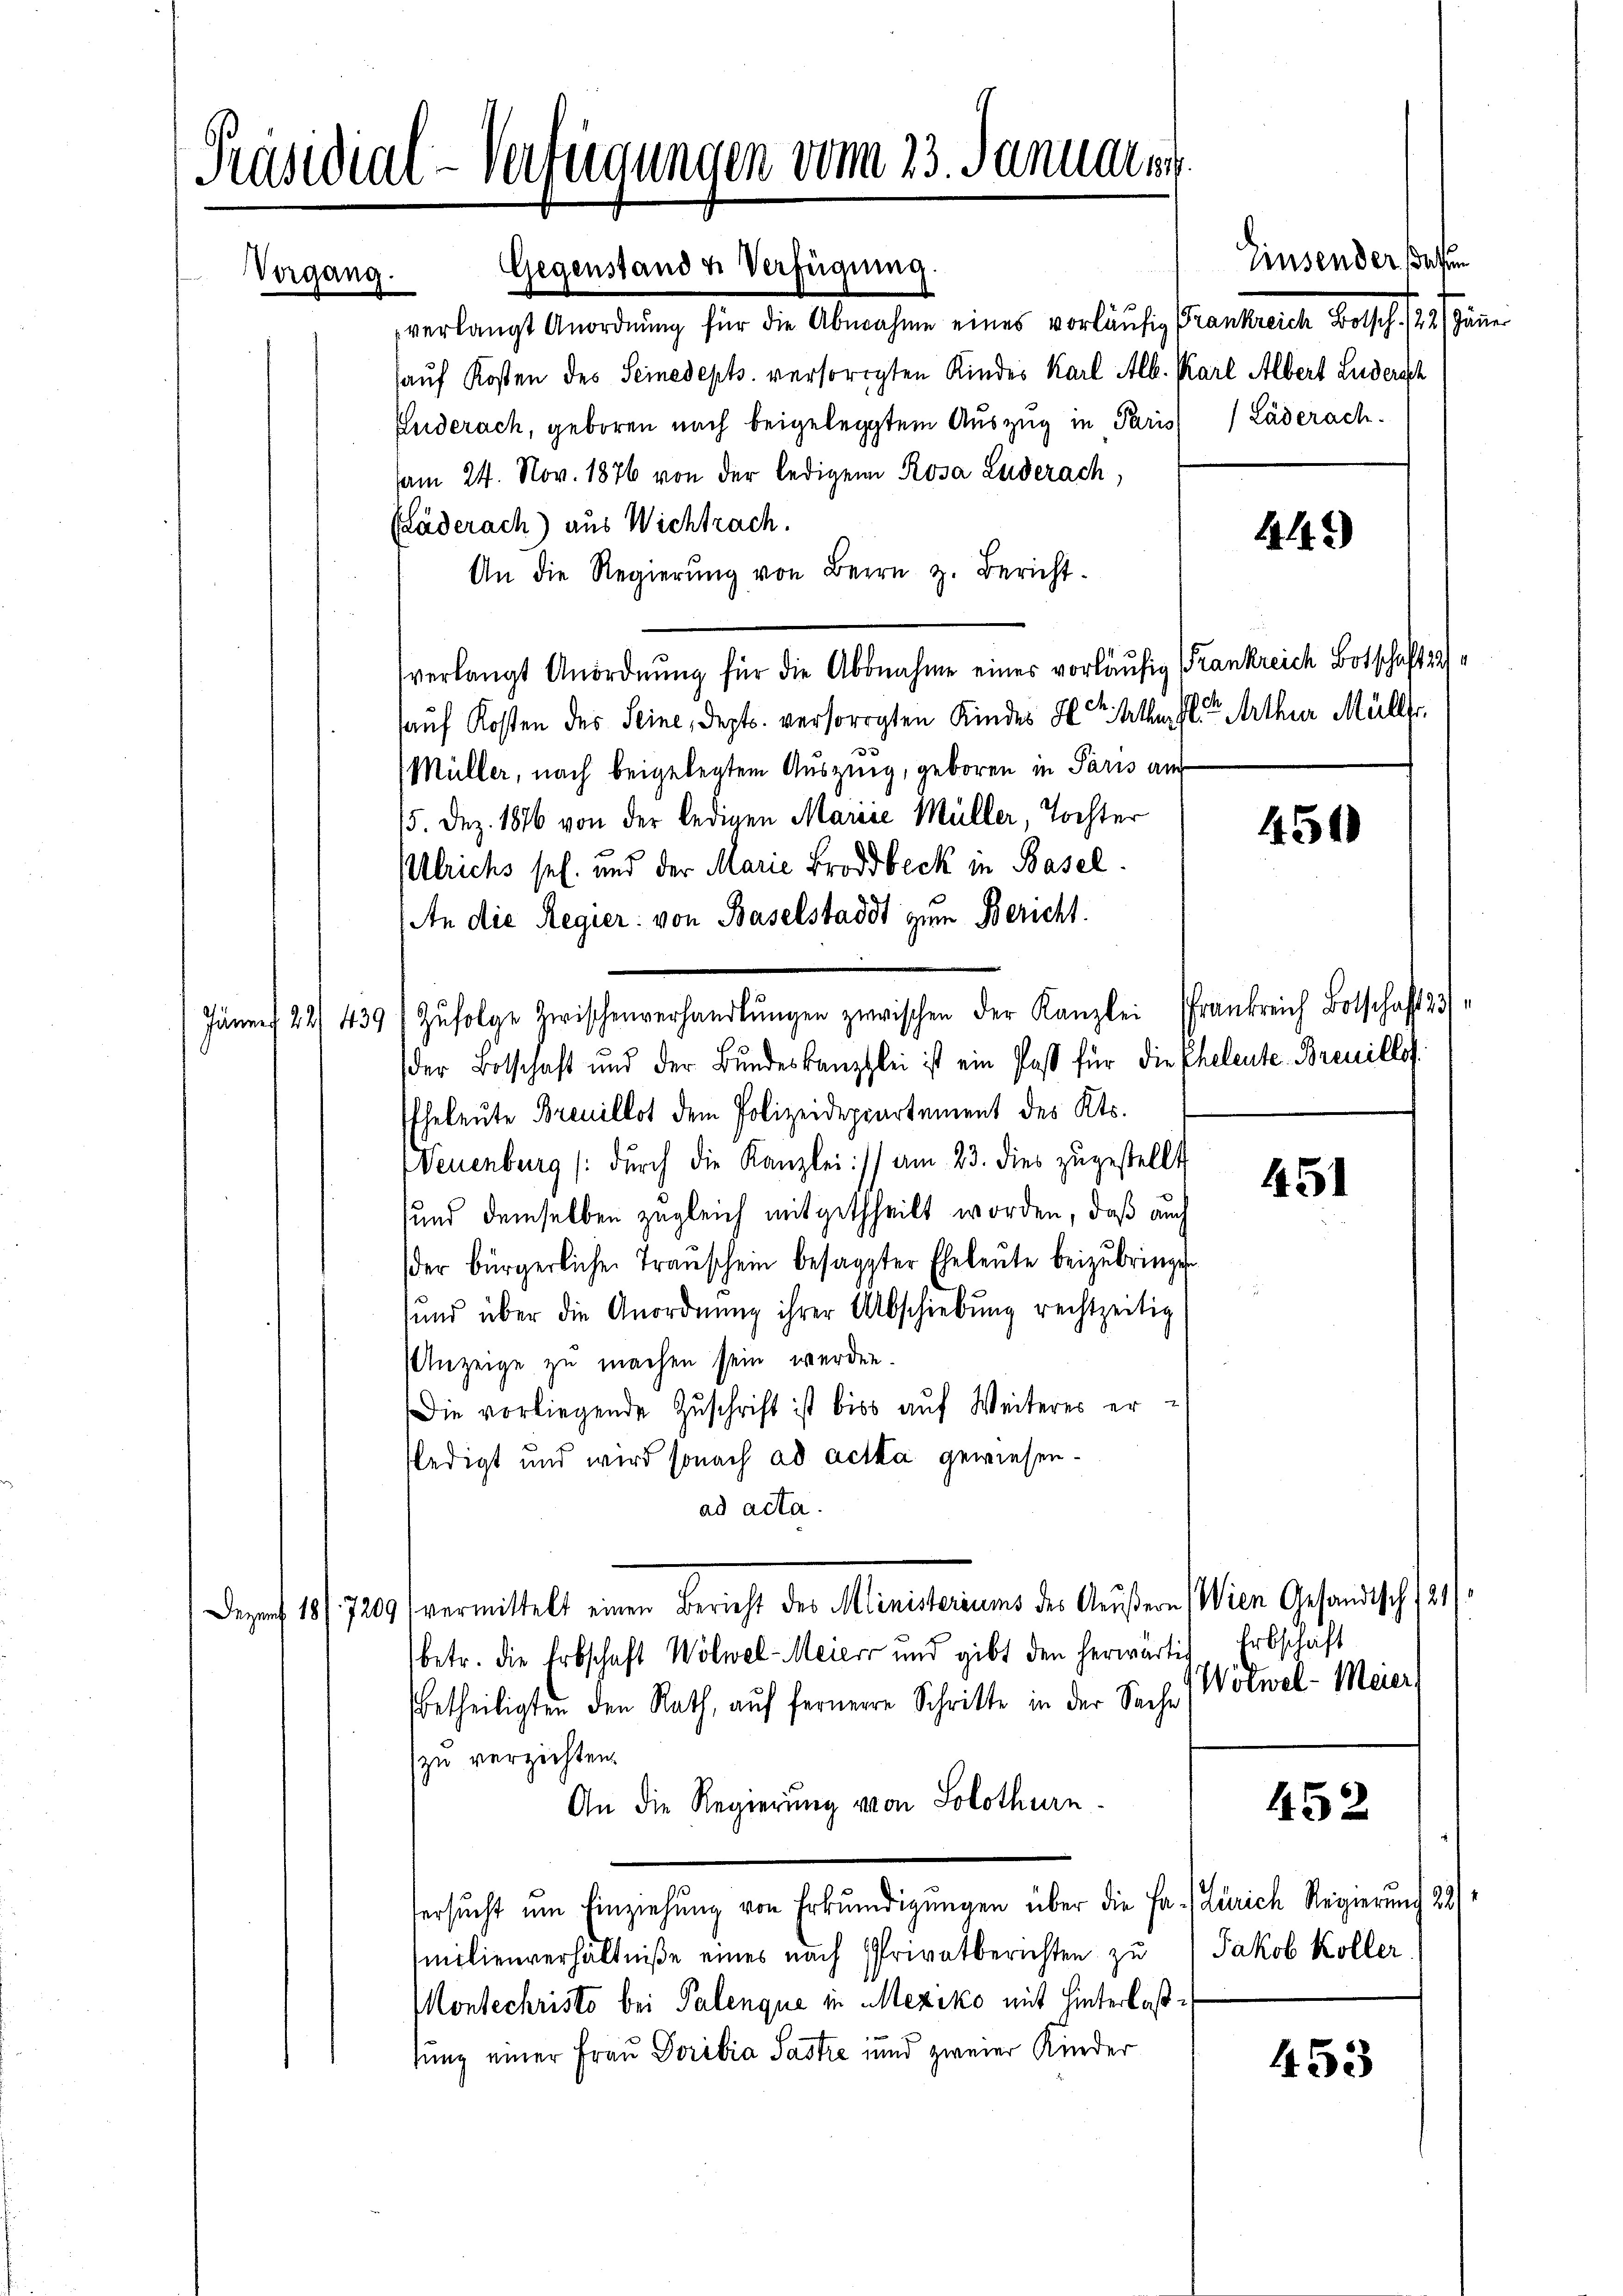
verlangt Anordnung für die Abnahme eines vorläufig Frankreich Botsch. (24 Jänner
auf Kosten des Seinedepts. versorgten Kindes Karl Alb. Karl Albert Ludersch
Enderach, geboren nach beigelegtem Auszug in Paris / Läderach
am 24. Nov. 1876 von der ledigen Rosa Luderach,
Kläderach) aus Wichtrach.
An die Regierŭng von Bern z. Bericht.
verlangt Anordnung für die Abnahme eines vorläufig (Frankreich Botschaft 221
auf Kosten des Seine, Sept. versorgten Kindes Herr Mühl. Arthur Müller.
(Müller, nach beigelegtem Auszug, geboren in Paris aus
15. Dez. 1876 von der ledigen Marie Müller, Tochter
Ulrichs sel. und der Marie Brodsbeck in Basel.
An die Regier: von Baselstadt zum Bericht.
Jünnef 22/4391 Zŭfolge zwischenverhandlŭngen zwischen der Kanzlei Frankreich Botschaft
der Botschaft und der Bundeskanzlei ist ein Past für die Eheleute Breuillos.
Eheleute Breuillot dem Polizeideppartement des Kts.
Neuenburg /: dŭrch die Kanzlei:/) am 23. dies zŭgestellt
und demselben zugleich mitgetheilt worden, daß auch
der bürgerlichen Traŭschen besagter Eheleŭte beizŭbringe.
und über die Anordnŭng ihrer Abschiebung rechtzeitig
Anzeige zu machen sein werden.
Die vorliegende Zŭschrift ist bis aŭf Weiteres erledigt und wird sonach ad acta gewiesen.
ad acta.
Dazenf 18/7209 vermittelt einen Bericht des Ministeriums der Aussern Wien Gesandtsch 121.
Erbschaft
betr. die Erbschaft Wölwel-Meier und gibt den herwärtig
Wolwel-Meier
betheiligten den Rath, auf fernere Schritte in der Sache
zu verzichten.
An die Regierung von Solothurn
452
ersŭcht ŭm Einziehung von Erkŭndigungen über die Fr.) Zürich Regierung 221
Jakob Koller
Emilienverhältniße eines nach Privatberichten zu
Montechristo bei Palenque in Mexiko mit Hinterlaßtung einer Frau Doribia Sastre und zweier Kinder
453

Präsidial-Vertregungen vom 23. Januaren.
Gegenstande Verfügung.
Vergang.

Zinsender statten

442)

450

451